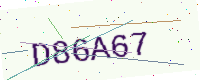
Text: D86A67